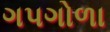
ગપગોળા